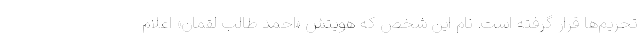
تحریم‌ها قرار گرفته است. نام این شخص که هویتش «احمد طالب لقمان» اعلام